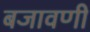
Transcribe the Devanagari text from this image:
बजावणी